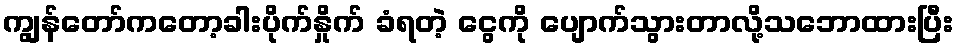
ကျွန်တော်ကတော့ခါးပိုက်နှိုက် ခံရတဲ့ ငွေကို ပျောက်သွားတာလို့သဘောထားပြီး